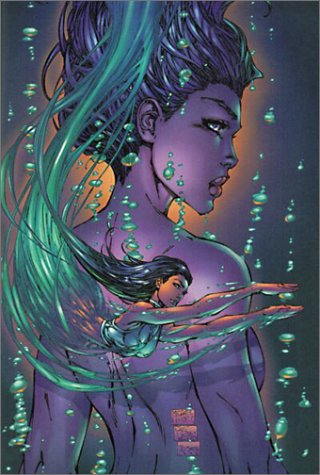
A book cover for Fathom, Vol. 1; Michael Turner; Comics & Graphic Novels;